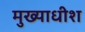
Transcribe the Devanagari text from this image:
मुख्याधीश